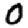
Digit: 0